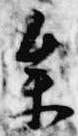
参